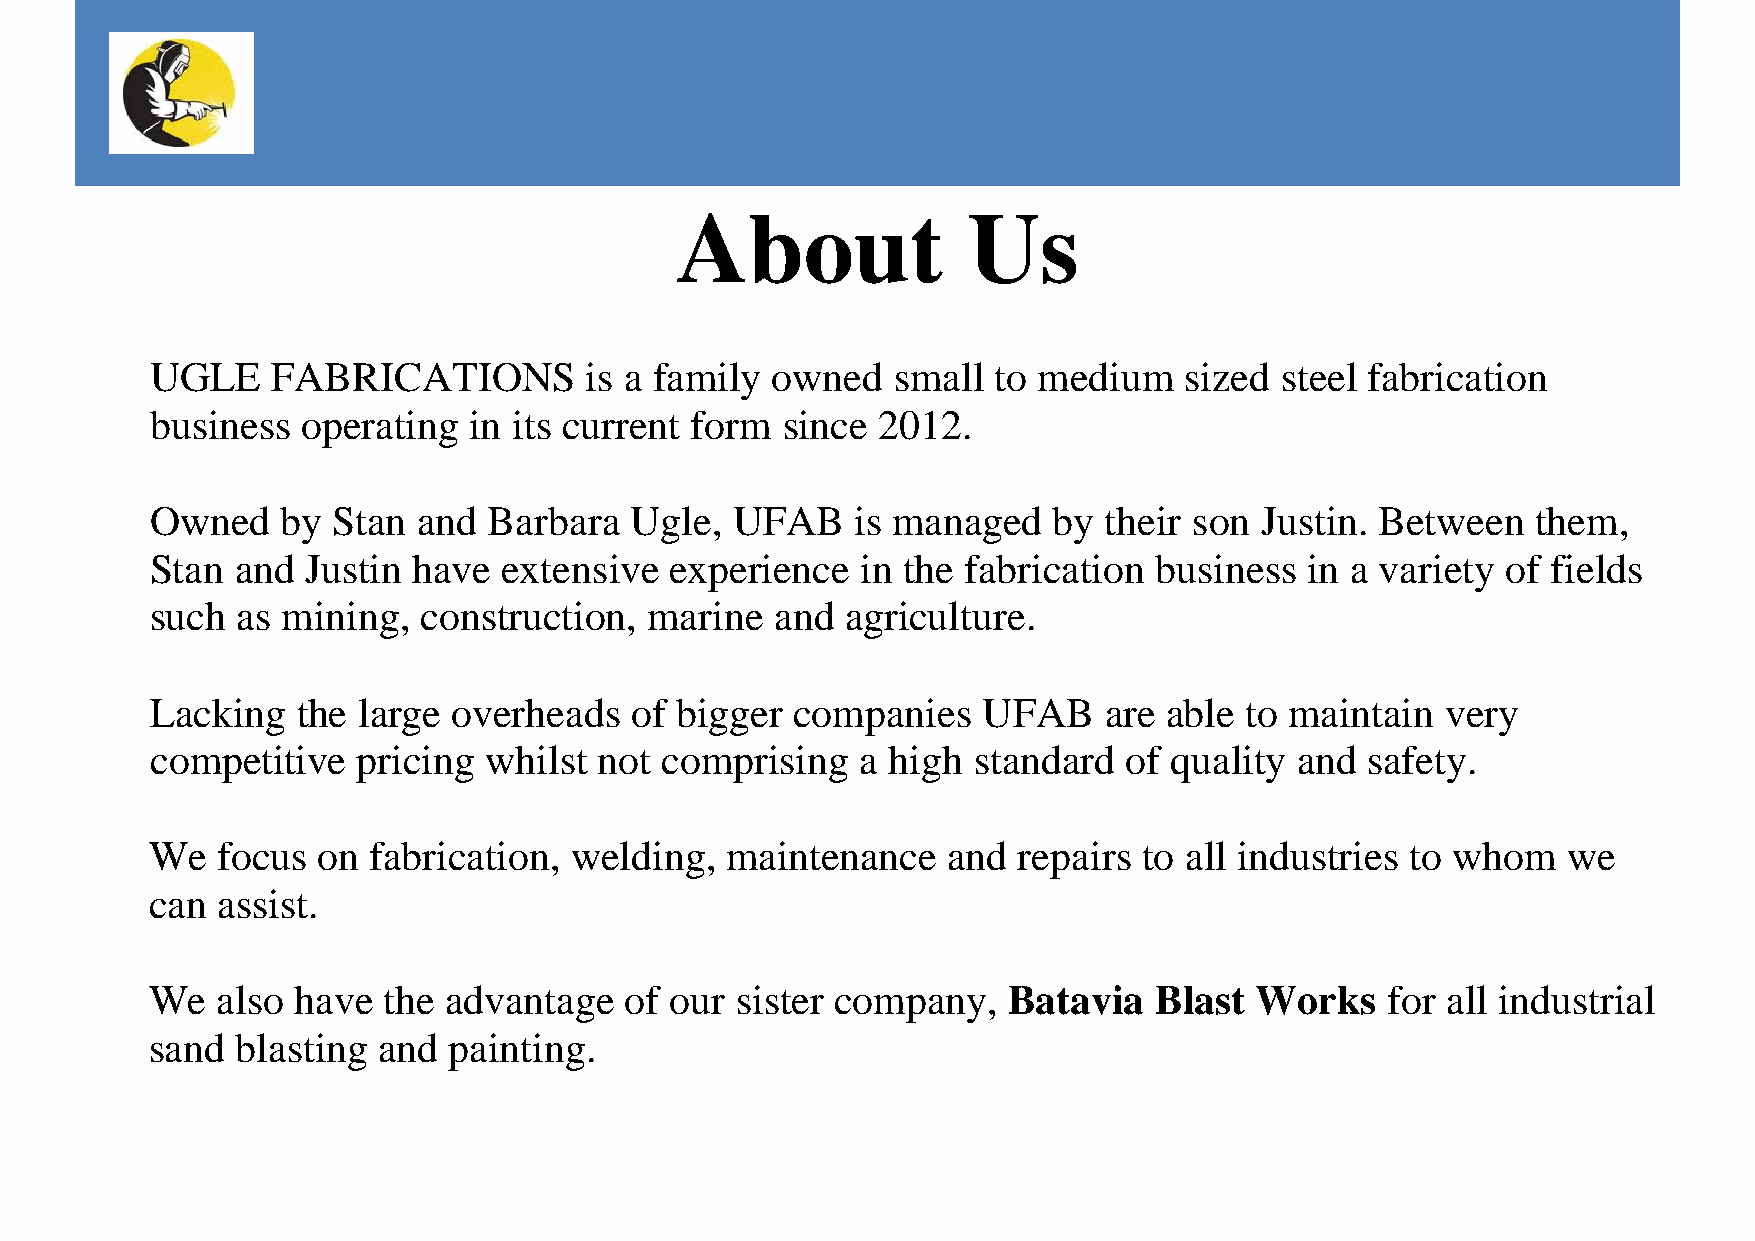
About              Us
 UGLE    FABRICATIONS         is a family owned   small  to medium   sized  steel fabrication
 business  operating  in its current form  since 2012.
 Owned    by Stan  and Barbara   Ugle, UFAB     is managed   by their son Justin. Between    them,
 Stan  and Justin have  extensive  experience   in the fabrication business   in a variety of fields
 such  as mining,  construction,  marine  and  agriculture.
 Lacking   the large overheads   of bigger  companies   UFAB    are able to maintain   very
 competitive   pricing whilst  not comprising   a high standard  of quality  and safety.
 We  focus  on fabrication,  welding,  maintenance    and repairs  to all industries to whom   we
 can assist.
 We  also  have the advantage   of our  sister company,   Batavia  Blast  Works    for all industrial
 sand  blasting and  painting.